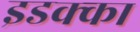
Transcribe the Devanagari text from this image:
इडक्‍का